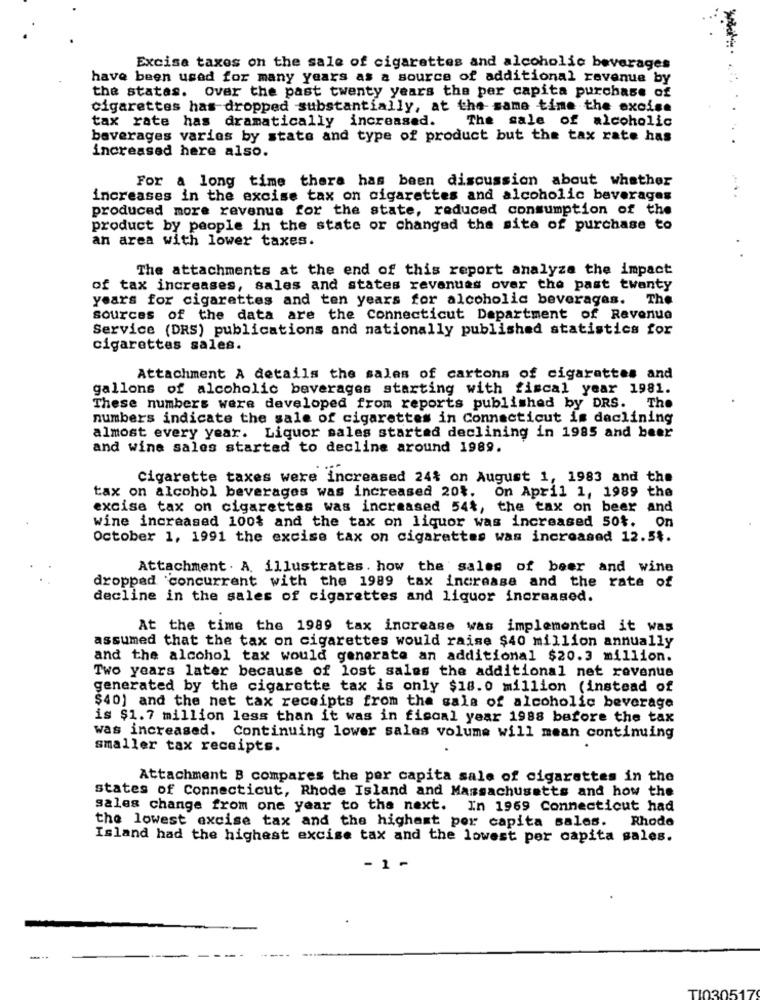
Excise taxes on the sale of cigarettes and alcoholic beverages
have been used for many years as a source of additional revenue by
the statas. Over the past twenty years the per capita purchase of
cigarettes has dropped substantially, at the same time the excise
tax rate has dramatically increased. The sale of alcoholic
beverages varies by state and type of product but the tax rate has
increased here also.
For a long time there has been discussion about whether
increases in the excise tax on cigarettes and alcoholic beverages
produced more revenue for the state, reduced consumption of the
product by people in the state or changed the site of purchase to
an area with lower taxes.
The attachments at the end of this report analyze the impact
of tax increases, sales and states revenues over the past twanty
years for cigarettes and ten years for alcoholic beverages. The
sources of the data are the Connecticut Department of Revenue
Service (DRS) publications and nationally published statistics for
cigarettes sales.
Attachment A details the sales of cartons of cigarettes and
gallons of alcoholic beverages starting with fiscal year 1981.
These numbers were developed from reports published by DRS. The
numbers indicate the sale of cigarettes in Connecticut is declining
almost every year. Liquor sales started declining in 1985 and beer
and wine sales started to decline around 1989.
Cigarette taxes were increased 24% on August 1, 1983 and the
tax on alcohol beverages was increased 20%. On April 1, 1989 the
excise tax on cigarettes was increased 544, the tax on beer and
wine increased 100% and the tax on liquor was increased 50%. On
October 1, 1991 the excise tax on cigarettes was increased 12.54.
Attachment . A. illustrates. how the sales of beer and wine
dropped concurrent with the 1989 tax increase and the rate of
decline in the sales of cigarettes and liquor increased.
At the time the 1989 tax increase was implemented it was
assumed that the tax on cigarettes would raise $40 million annually
and the alcohol tax would generate an additional $20.3 million.
Two years later because of lost sales the additional net revenue
generated by the cigarette tax is only $18. 0 million (instead of
$40) and the net tax receipts from the sale of alcoholic beverage
is $1.7 million less than it was in fiscal year 1988 before the tax
was increased. Continuing lower sales volume will mean continuing
smaller tax receipts.
Attachment B compares the per capita sale of cigarettes in the
states of Connecticut, Rhode Island and Massachusetts and how the
sales change from one year to the next. In 1969 Connecticut had
the lowest excise tax and the highest per capita sales. Rhode
Island had the highest excise tax and the lowest per capita sales.
- 1 -